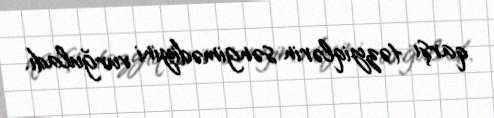
qarşı təzyiqlərin səngimədiyini vurğuladı.